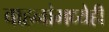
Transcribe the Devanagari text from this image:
वाहनांमध्येही